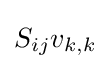
S_{ij}v_{k,k}